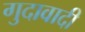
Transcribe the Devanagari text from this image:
गुदावादी